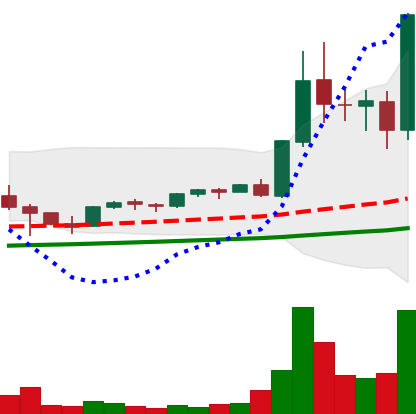
Ticker: EOS-USD
Chart end date: 2021-05-11
Forward return: -29.546%
Label: down_7plus